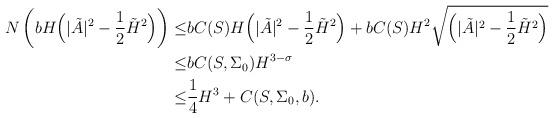
LaTeX: \begin{align*}N\left( bH \Big( |\tilde{A}|^2-\frac{1}{2} \tilde{H}^2 \Big) \right) \le&bC(S)H\Big( |\tilde{A}|^2-\frac{1}{2} \tilde{H}^2 \Big) +bC(S)H^2\sqrt{\Big( |\tilde{A}|^2-\frac{1}{2} \tilde{H}^2 \Big) }\\\le&bC(S,\Sigma_0)H^{3-\sigma} \\\le & \frac{1}{4} H^3 +C(S,\Sigma_0,b).\end{align*}